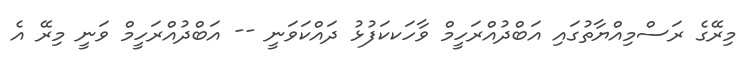
މިރޭގެ ރަސްމިއްޔާތުގައި އަބްދުއްރަހީމް ވާހަކކަފުޅު ދައްކަވަނީ -- އަބްދުއްރަހީމް ވަނީ މިރޭ އެ